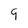
Character: 9